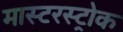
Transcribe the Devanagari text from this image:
मास्टरस्ट्रोक